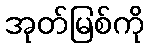
အုတ်မြစ်ကို